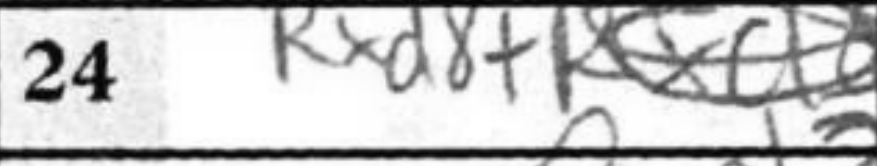
Transcription: Rxd8+